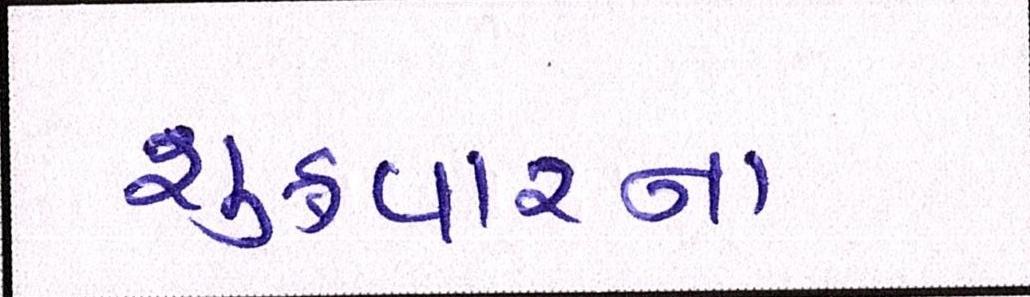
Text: શુક્રવારના